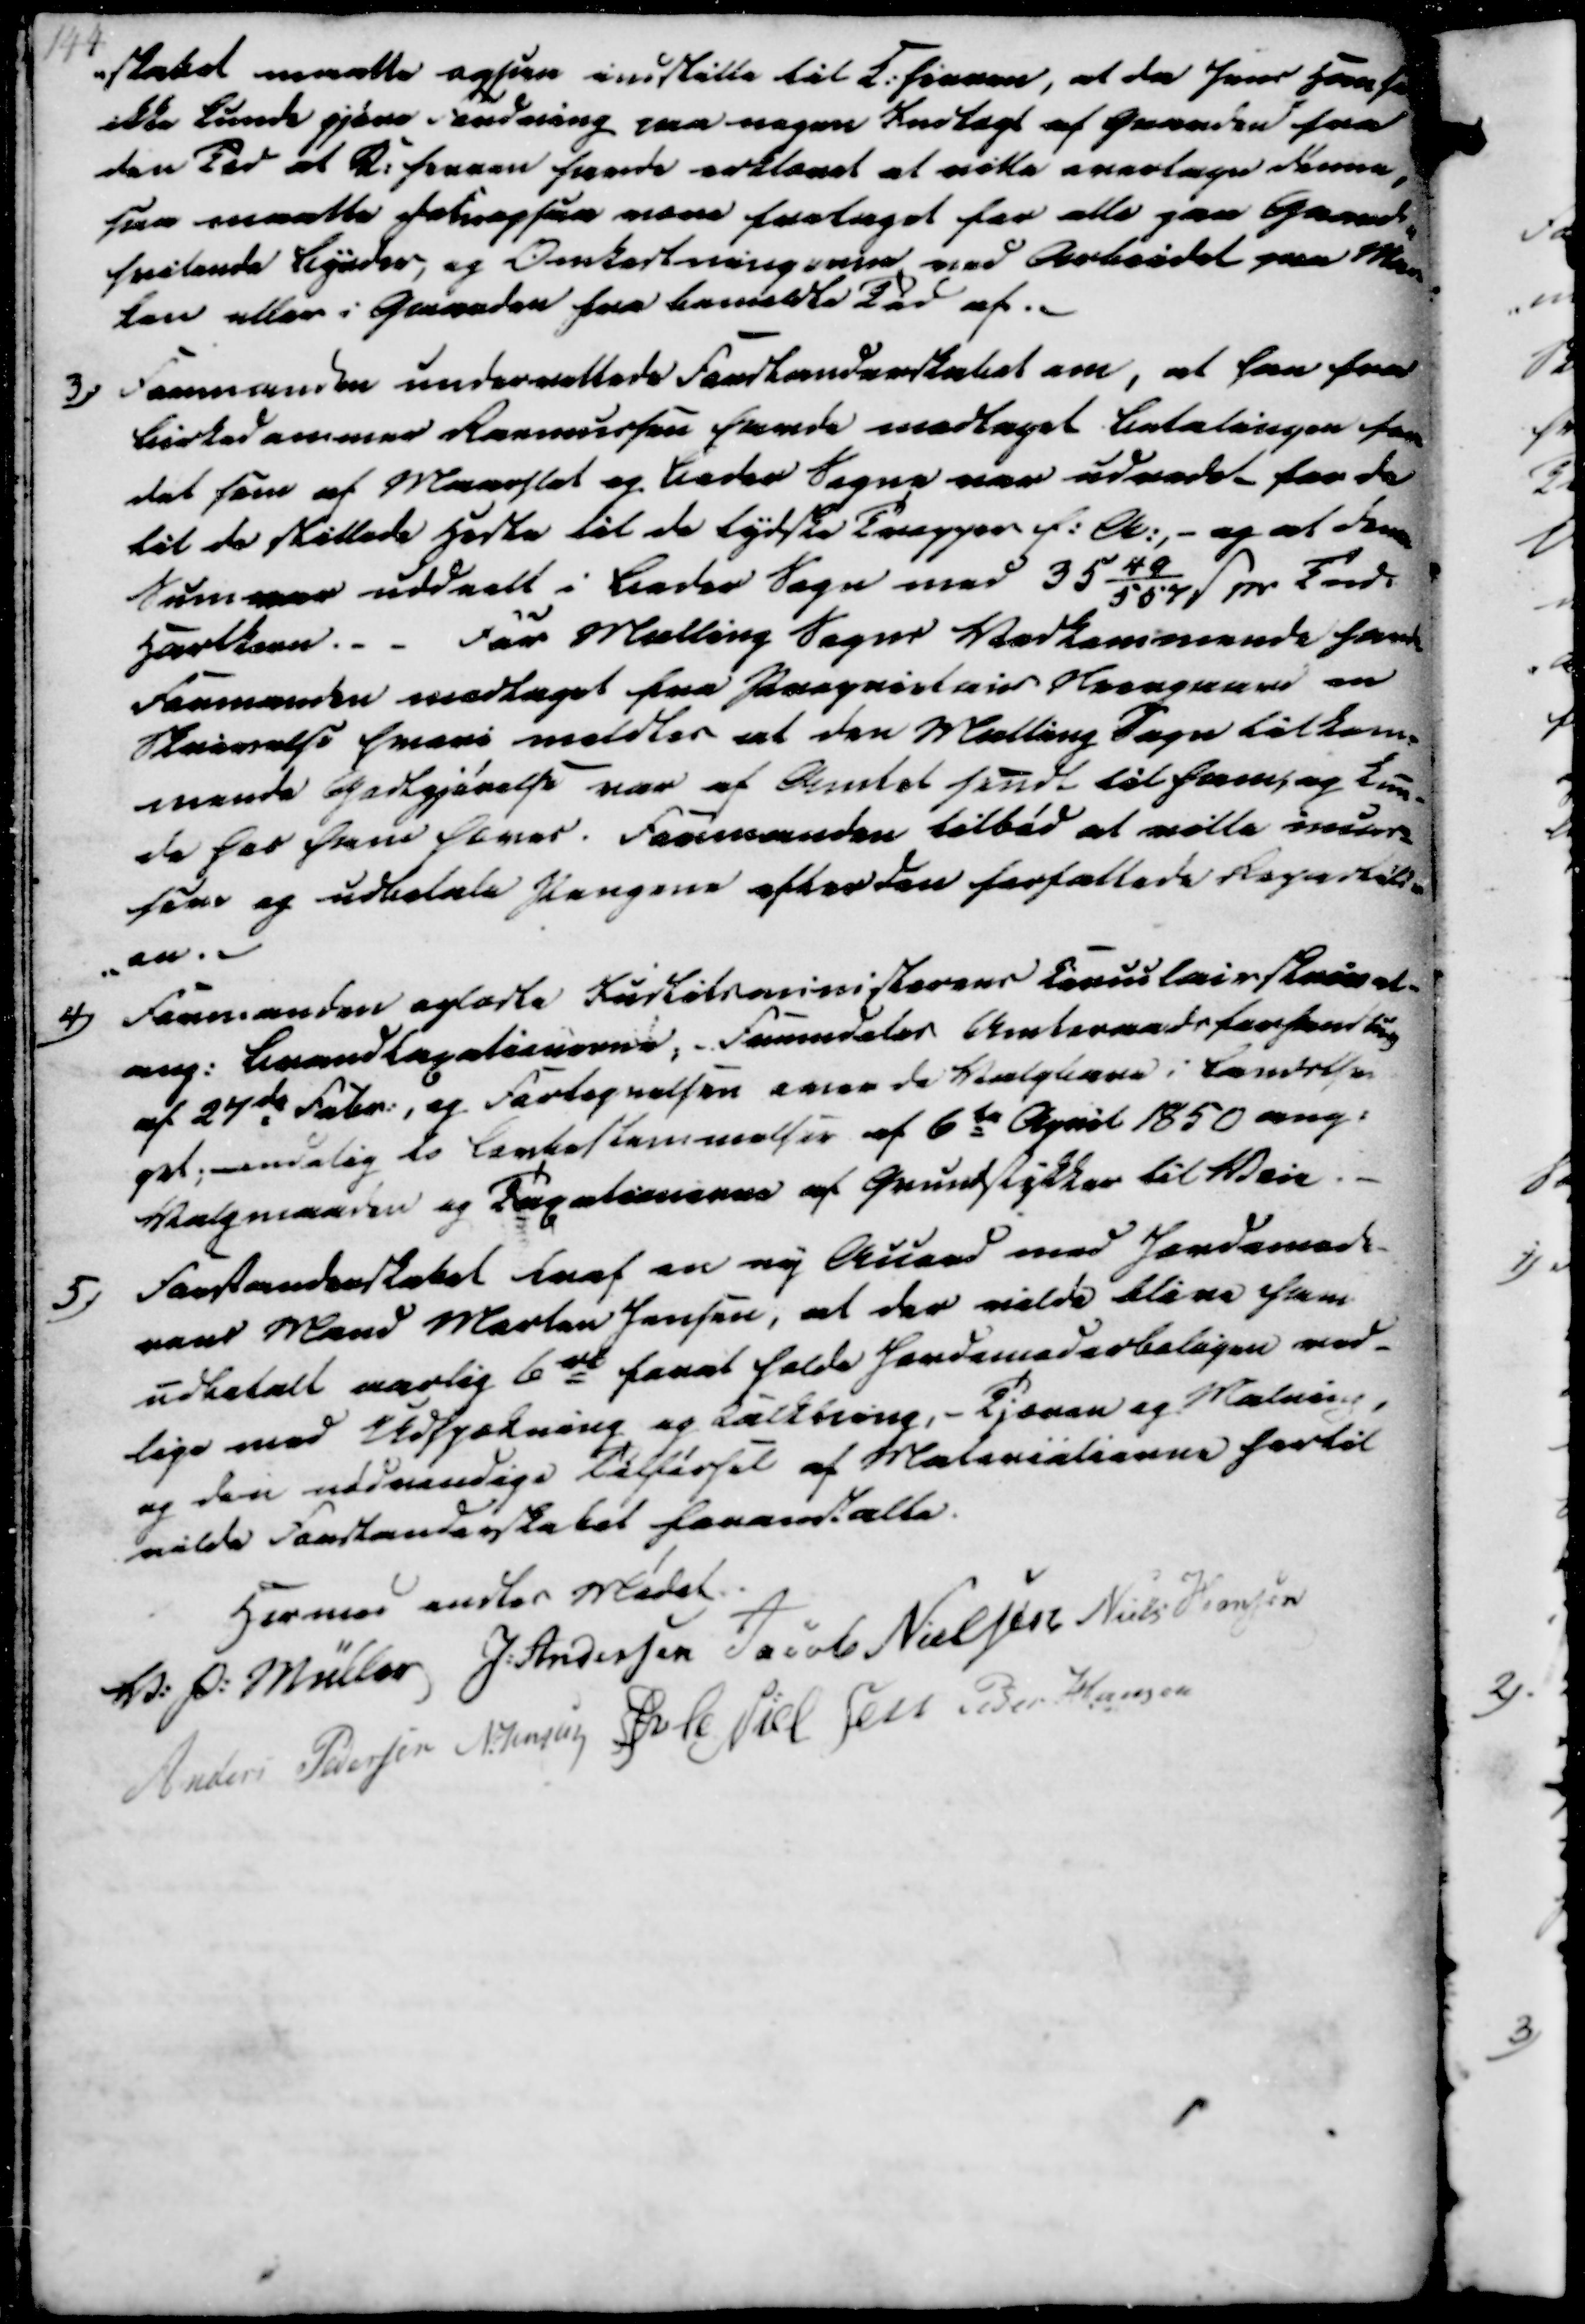
Transskription:
-skabet maatte ogsaa indstille til K.hirren, at da Jens Hansen
ikke kunde gjøre Fordring paa nogen Indtægt af Gaarden fra
den Tid at K.herren havde erklæret at ville overtage dénne
saa maatte hatn ogsaa være frataget for alle paa Gaarden
hvilende Byrder, og Omkostningerne ved Arbeidet paa Mar-
ken eller i Gaarden fra bemeldte Tid af.

3) Formanden underrettede Forstanderskabet om, at han fra
Birkedommer Rasmussen havde modtaget Betalingen for
det som af Maarslet og Beder Sogne var udredet for de
til de stillede Heste til de tydske Tropper f.A.,- og at denne
Sum var uddeelt i Beder Sogn med 35
49
567
ẞ pr Tnd.
Hartkorn.
For Malling Sogns Vedkommende havde
Formanden modtaget fra Proprietair Strevgaard en
Skrivelse hvori meldtes at den Malling Sogn tilkom-
mende Godtgjørelse var af Amtet sendt til ham, og kun
de hos ham hæves. Formanden tilbød at ville imus-
sene og udbetale Pengene efter den forfattede Repartiti
-on.-

4) Formanden oplæste Justitsministerens Circulair Skrivel.
ang. Brandtaxationerne; Fremdeles Amtsraadsforhandling
af 27de Febr., og Fortegnelsen over de Valgbare i Landsthin
get; endelig to Lovbestemmelser af 6te April 1850 ang.
Valgmaaden og Taxationerne af Grundstykker til Veie.
5) Forstanderskabet traf en ny Accord med Jordemode-
rens Mand Marten Jensen, at der vilde blive ham
udbetalt aarlig 6 rd forat holde Jordemoderboligen ved-
lige med Udspækning og Kalkning, - Tjæren og Malning
og den nødvendige Tilførsel af Materialierne hertil
vilde Forstanderskabet foranstalte.

Hermed endtes Mødet.
V. P. Müller
J. Andersen
Jacob Nielsen
Niels Hansen
Anders Pedersen
N. Jensen
Øvle Nielsen
Peder Hansen